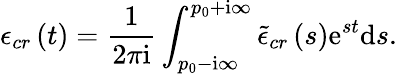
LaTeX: \epsilon_{cr}\left(t\right)=\frac{1}{2\pi\mathrm{i}}\int_{p_{0}-\mathrm{i}\infty}^{p_{0}+\mathrm{i}\infty}\tilde{\epsilon}_{cr}\left(s\right)\mathrm{e}^{st}\mathrm{d}s.